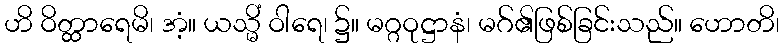
ဟိ ဝိတ္ထာရေမိ၊ အံ့။ ယသ္မိံ ဝါရေ၊ ၌။ မဂ္ဂဝုဋ္ဌာနံ၊ မဂ်၏ဖြစ်ခြင်းသည်။ ဟောတိ၊